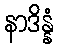
နာဒိန္နံ